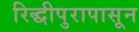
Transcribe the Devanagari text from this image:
रिद्धीपुरापासून